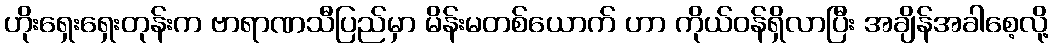
ဟိုးရှေးရှေးတုန်းက ဗာရာဏသီပြည်မှာ မိန်းမတစ်ယောက် ဟာ ကိုယ်ဝန်ရှိလာပြီး အချိန်အခါစေ့လို့